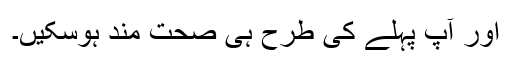
اور آپ پہلے کی طرح ہی صحت مند ہوسکیں۔